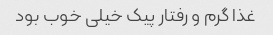
غذا گرم و رفتار پیک خیلی خوب بود